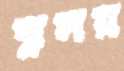
ঝুলয়